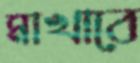
মাখাবে